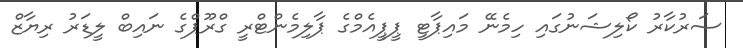
ސަރުކާރު ކޯލިޝަނުގައި ހިމެނޭ މައިޕާޓީ ޕީޕީއެމްގެ ޕާލިމެންޓްރީ ގްރޫޕްގެ ނައިބް ލީޑަރު ރިޔާޒް